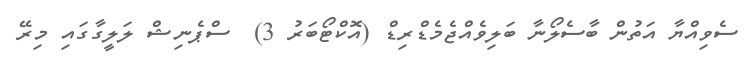
ސެވިއްޔާ އަތުން ބާސެލޯނާ ބަލިވެއްޖެމެޑްރިޑް (އޮކްޓޯބަރު 3)  ސްޕެނިޝް ލަލީގާގައި މިރޭ